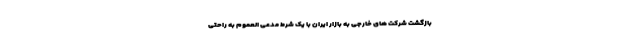
بازگشت شرکت های خارجی به بازار ایران با یک شرط مدعی العموم به راحتی